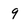
Character: 9